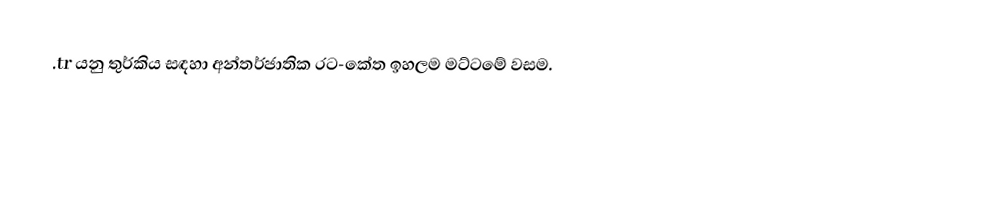
.tr යනු තුර්කිය සඳහා අන්තර්ජාතික රට-කේත ඉහලම මට්ටමේ වසම.